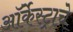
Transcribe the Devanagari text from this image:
ऑर्केस्ट्राचे